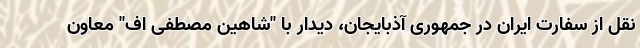
نقل از سفارت ایران در جمهوری آذبایجان، دیدار با "شاهین مصطفی اف" معاون